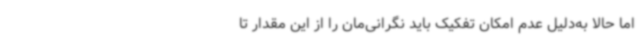
اما حالا به‌دلیل عدم امکان تفکیک باید نگرانی‌مان را از این مقدار تا